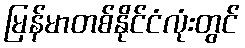
မြန်မာတစ်နိုင်ငံလုံးတွင်